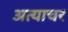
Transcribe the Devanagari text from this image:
अत्याचर